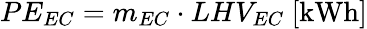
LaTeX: PE_{EC}=m_{EC}\cdot LHV_{EC}\ [\mathrm{kWh}]